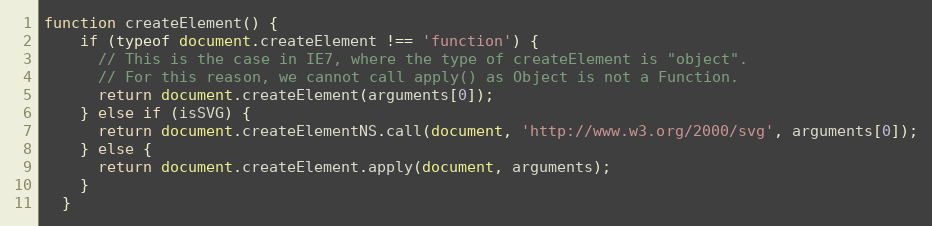
Language: JavaScript
function createElement() {
    if (typeof document.createElement !== 'function') {
      // This is the case in IE7, where the type of createElement is "object".
      // For this reason, we cannot call apply() as Object is not a Function.
      return document.createElement(arguments[0]);
    } else if (isSVG) {
      return document.createElementNS.call(document, 'http://www.w3.org/2000/svg', arguments[0]);
    } else {
      return document.createElement.apply(document, arguments);
    }
  }